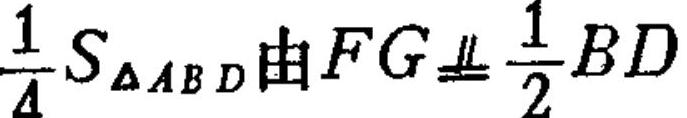
\(\frac{1}{4}S_{\triangle ABD}由FG\equalparallel\frac{1}{2}BD\)